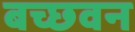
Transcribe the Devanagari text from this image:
बच्छवन